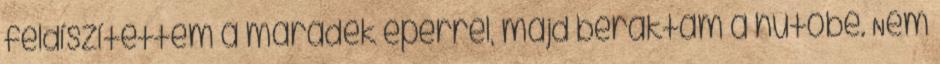
feldíszítettem a maradék eperrel, majd beraktam a hűtőbe. Nem